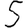
Digit: 5